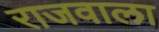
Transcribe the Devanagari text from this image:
राजवाला